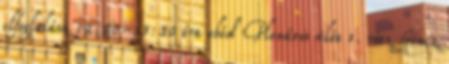
elfoglalása 12:30-13:30 óra ebéd Plenáris ülés 1. rész Göncz